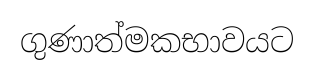
ගුණාත්මකභාවයට